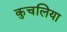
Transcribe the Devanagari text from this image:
कुचलिया